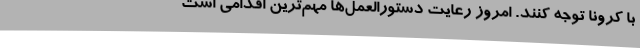
با کرونا توجه کنند. امروز رعایت دستورالعمل‌ها مهم‌ترین اقدامی است